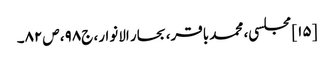
[۱۵] مجلسی، محمد باقر، بحار الانوار، ج‌۹۸، ص‌۸۲۔